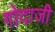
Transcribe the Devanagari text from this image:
गोदाजी